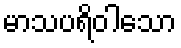
မာသပရိဝါသော